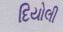
દિયોલી